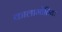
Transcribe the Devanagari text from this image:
कालामोतिया